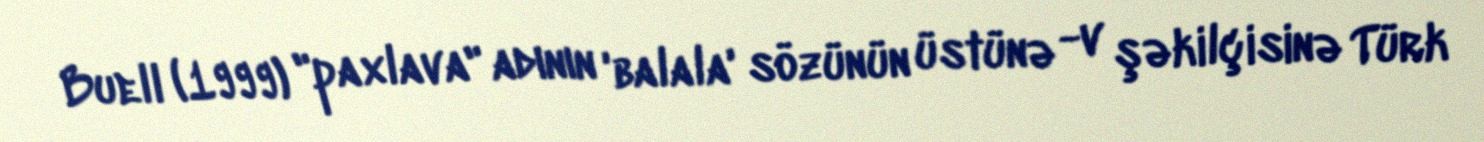
Buell (1999) "paxlava" adının 'balala' sözünün üstünə -v şəkilçisinə Türk